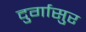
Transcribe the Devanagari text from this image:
दुर्गासुर